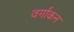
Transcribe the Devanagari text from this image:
वर्गांकन